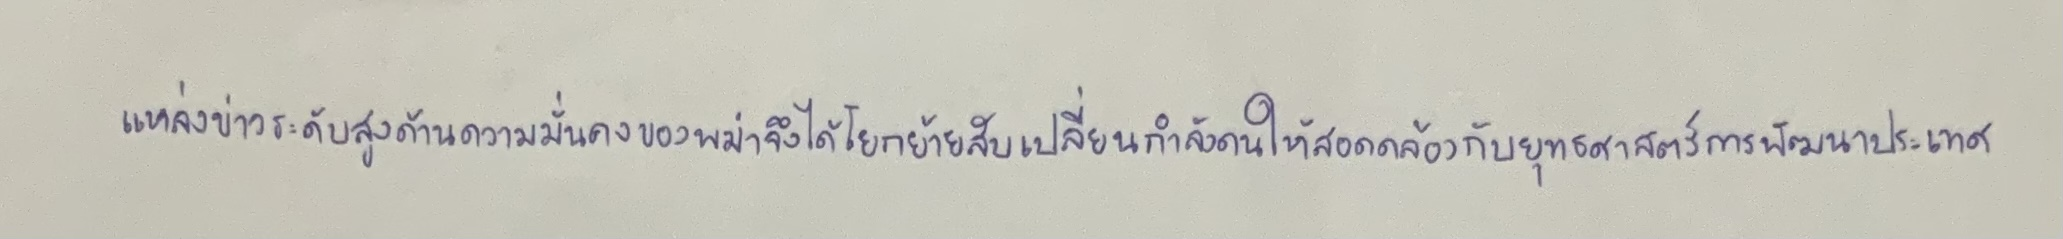
แหล่งข่าวระดับสูงด้านความมั่นคงของพม่าจึงได้โยกย้ายสับเปลี่ยนกำลังคนให้สอดคล้องกับยุทธศาสตร์การพัฒนาประเทศ